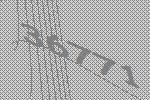
36771